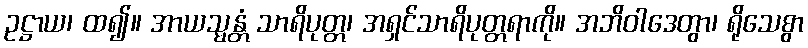
ဥဋ္ဌာယ၊ ထ၍။ အာယသ္မန္တံ သာရိပုတ္တ၊ အရှင်သာရိပုတ္တရာကို။ အဘိဝါဒေတွာ၊ ရိုသေစွာ